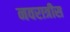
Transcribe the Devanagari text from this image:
नवरात्रीस